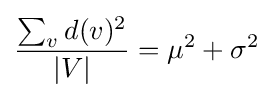
{\frac {\sum _{v}d(v)^{2}}{|V|}}=\mu ^{2}+\sigma ^{2}